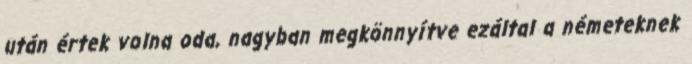
után értek volna oda, nagyban megkönnyítve ezáltal a németeknek